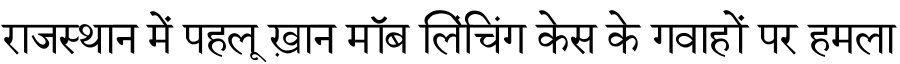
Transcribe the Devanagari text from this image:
राजस्थान में पहलू ख़ान मॉब लिंचिंग केस के गवाहों पर हमला